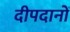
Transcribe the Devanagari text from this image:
दीपदानों